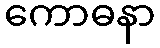
ကောဓနာ